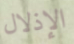
الإذلال